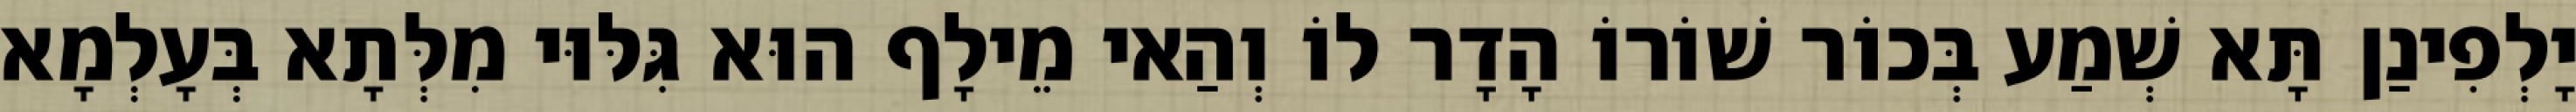
יָלְפִינַן תָּא שְׁמַע בְּכוֹר שׁוֹרוֹ הָדָר לוֹ וְהַאי מֵילָף הוּא גִּלּוּי מִלְּתָא בְּעָלְמָא